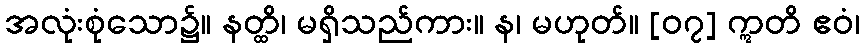
အလုံးစုံသော၌။ နတ္ထိ၊ မရှိသည်ကား။ န၊ မဟုတ်။ [၀၇] ဣတိ ဧဝံ၊